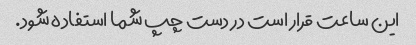
این ساعت قرار است در دست چپ شما استفاده شود.